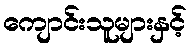
ကျောင်းသူများနှင့်